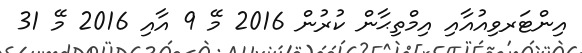
އިންޓަރވިއުއާއި އިމްތިޙާން ކުރުން 2016 މޭ 9 އާއި 2016 މޭ 31